Rangoon Lunatic Asylum 1878-1892 - 1878-1892
Year: 1878
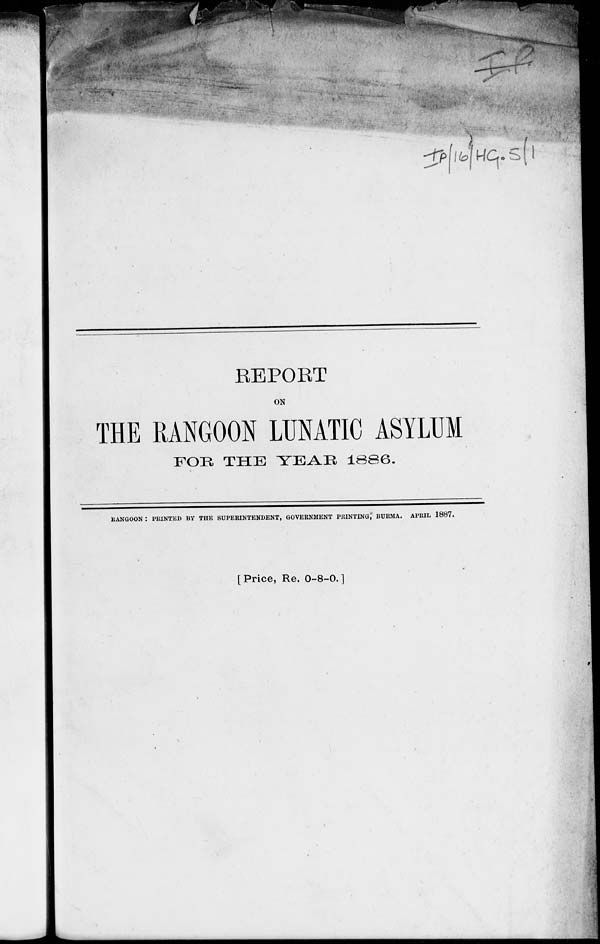
REPORT
ON
THE RANGOON LUNATIC ASYLUM
FOR THE YEAR 1886.
RANGOON: PRINTED BY THE SUPERINTENDENT, GOVERNMENT PRINTING, BURMA. APRIL 1887.
[Price, Re, 0-8-0.]